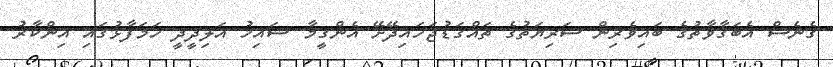
ގެނެސް އެބަގާވާތުގެ ބައިވެރިން ސަރިޔަތުގެ ތައްގަޑުޖަހައިދޭށޭ އެންގީމާ ޝައިޚު އަލިދީދީ ހަމަފާޅުގައި އިންކާރު